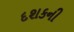
દશકની